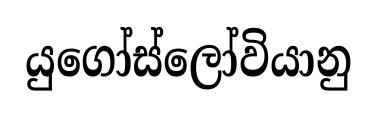
යුගෝස්ලෝවියානු